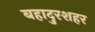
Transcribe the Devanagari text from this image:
बहादुरशहर